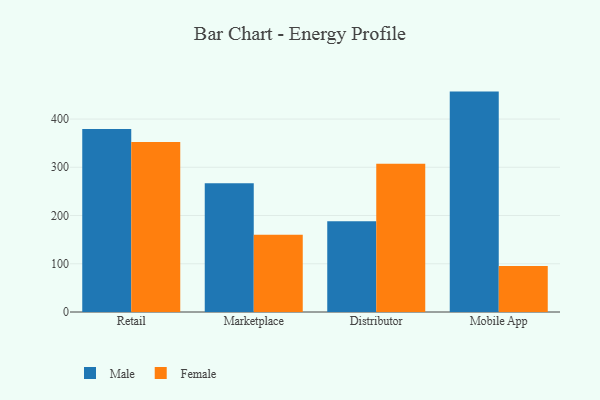
{"axis": {"x": "Channel", "y": "Temperature (°C)"}, "legend": ["Female", "Male"], "data": [{"x": "Retail", "y": 379.6, "type": "Male"}, {"x": "Retail", "y": 352.5, "type": "Female"}, {"x": "Marketplace", "y": 267.1, "type": "Male"}, {"x": "Marketplace", "y": 160.0, "type": "Female"}, {"x": "Distributor", "y": 187.9, "type": "Male"}, {"x": "Distributor", "y": 307.5, "type": "Female"}, {"x": "Mobile App", "y": 456.9, "type": "Male"}, {"x": "Mobile App", "y": 95.3, "type": "Female"}]}